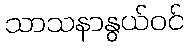
သာသနာနွယ်ဝင်